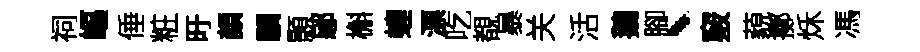
祠嶇倕粧旴顔驥顥鄔槲蝗漂吃覩暴关活鵝腳、竅藐擲秌馮